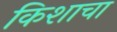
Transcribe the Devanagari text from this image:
किशाचा